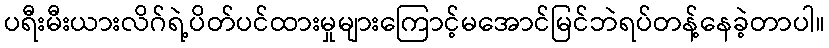
ပရီးမီးယားလိဂ်ရဲ့ပိတ်ပင်ထားမှုများကြောင့်မအောင်မြင်ဘဲရပ်တန့်နေခဲ့တာပါ။